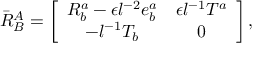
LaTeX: \bar { R } _ { B } ^ { A } = \left[ \begin{array} { c c } { { R _ { b } ^ { a } - \epsilon l ^ { - 2 } e _ { b } ^ { a } } } & { { \epsilon l ^ { - 1 } T ^ { a } } } \\ { { - l ^ { - 1 } T _ { b } } } & { { 0 } } \end{array} \right] ,